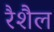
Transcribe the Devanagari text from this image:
रैशैल